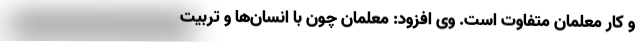
و کار معلمان متفاوت است. وی افزود: معلمان چون با انسان‌ها و تربیت